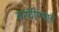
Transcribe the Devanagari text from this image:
ठरवीण्याचे